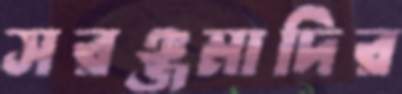
সরঞ্জমাদির